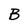
Character: B